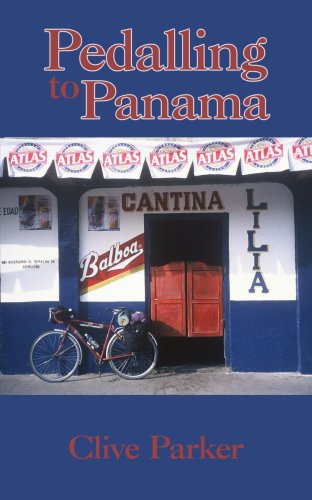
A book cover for Pedalling to Panama; Clive Parker; Travel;